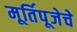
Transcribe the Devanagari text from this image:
मूर्तिपूजेचे